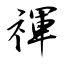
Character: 禈